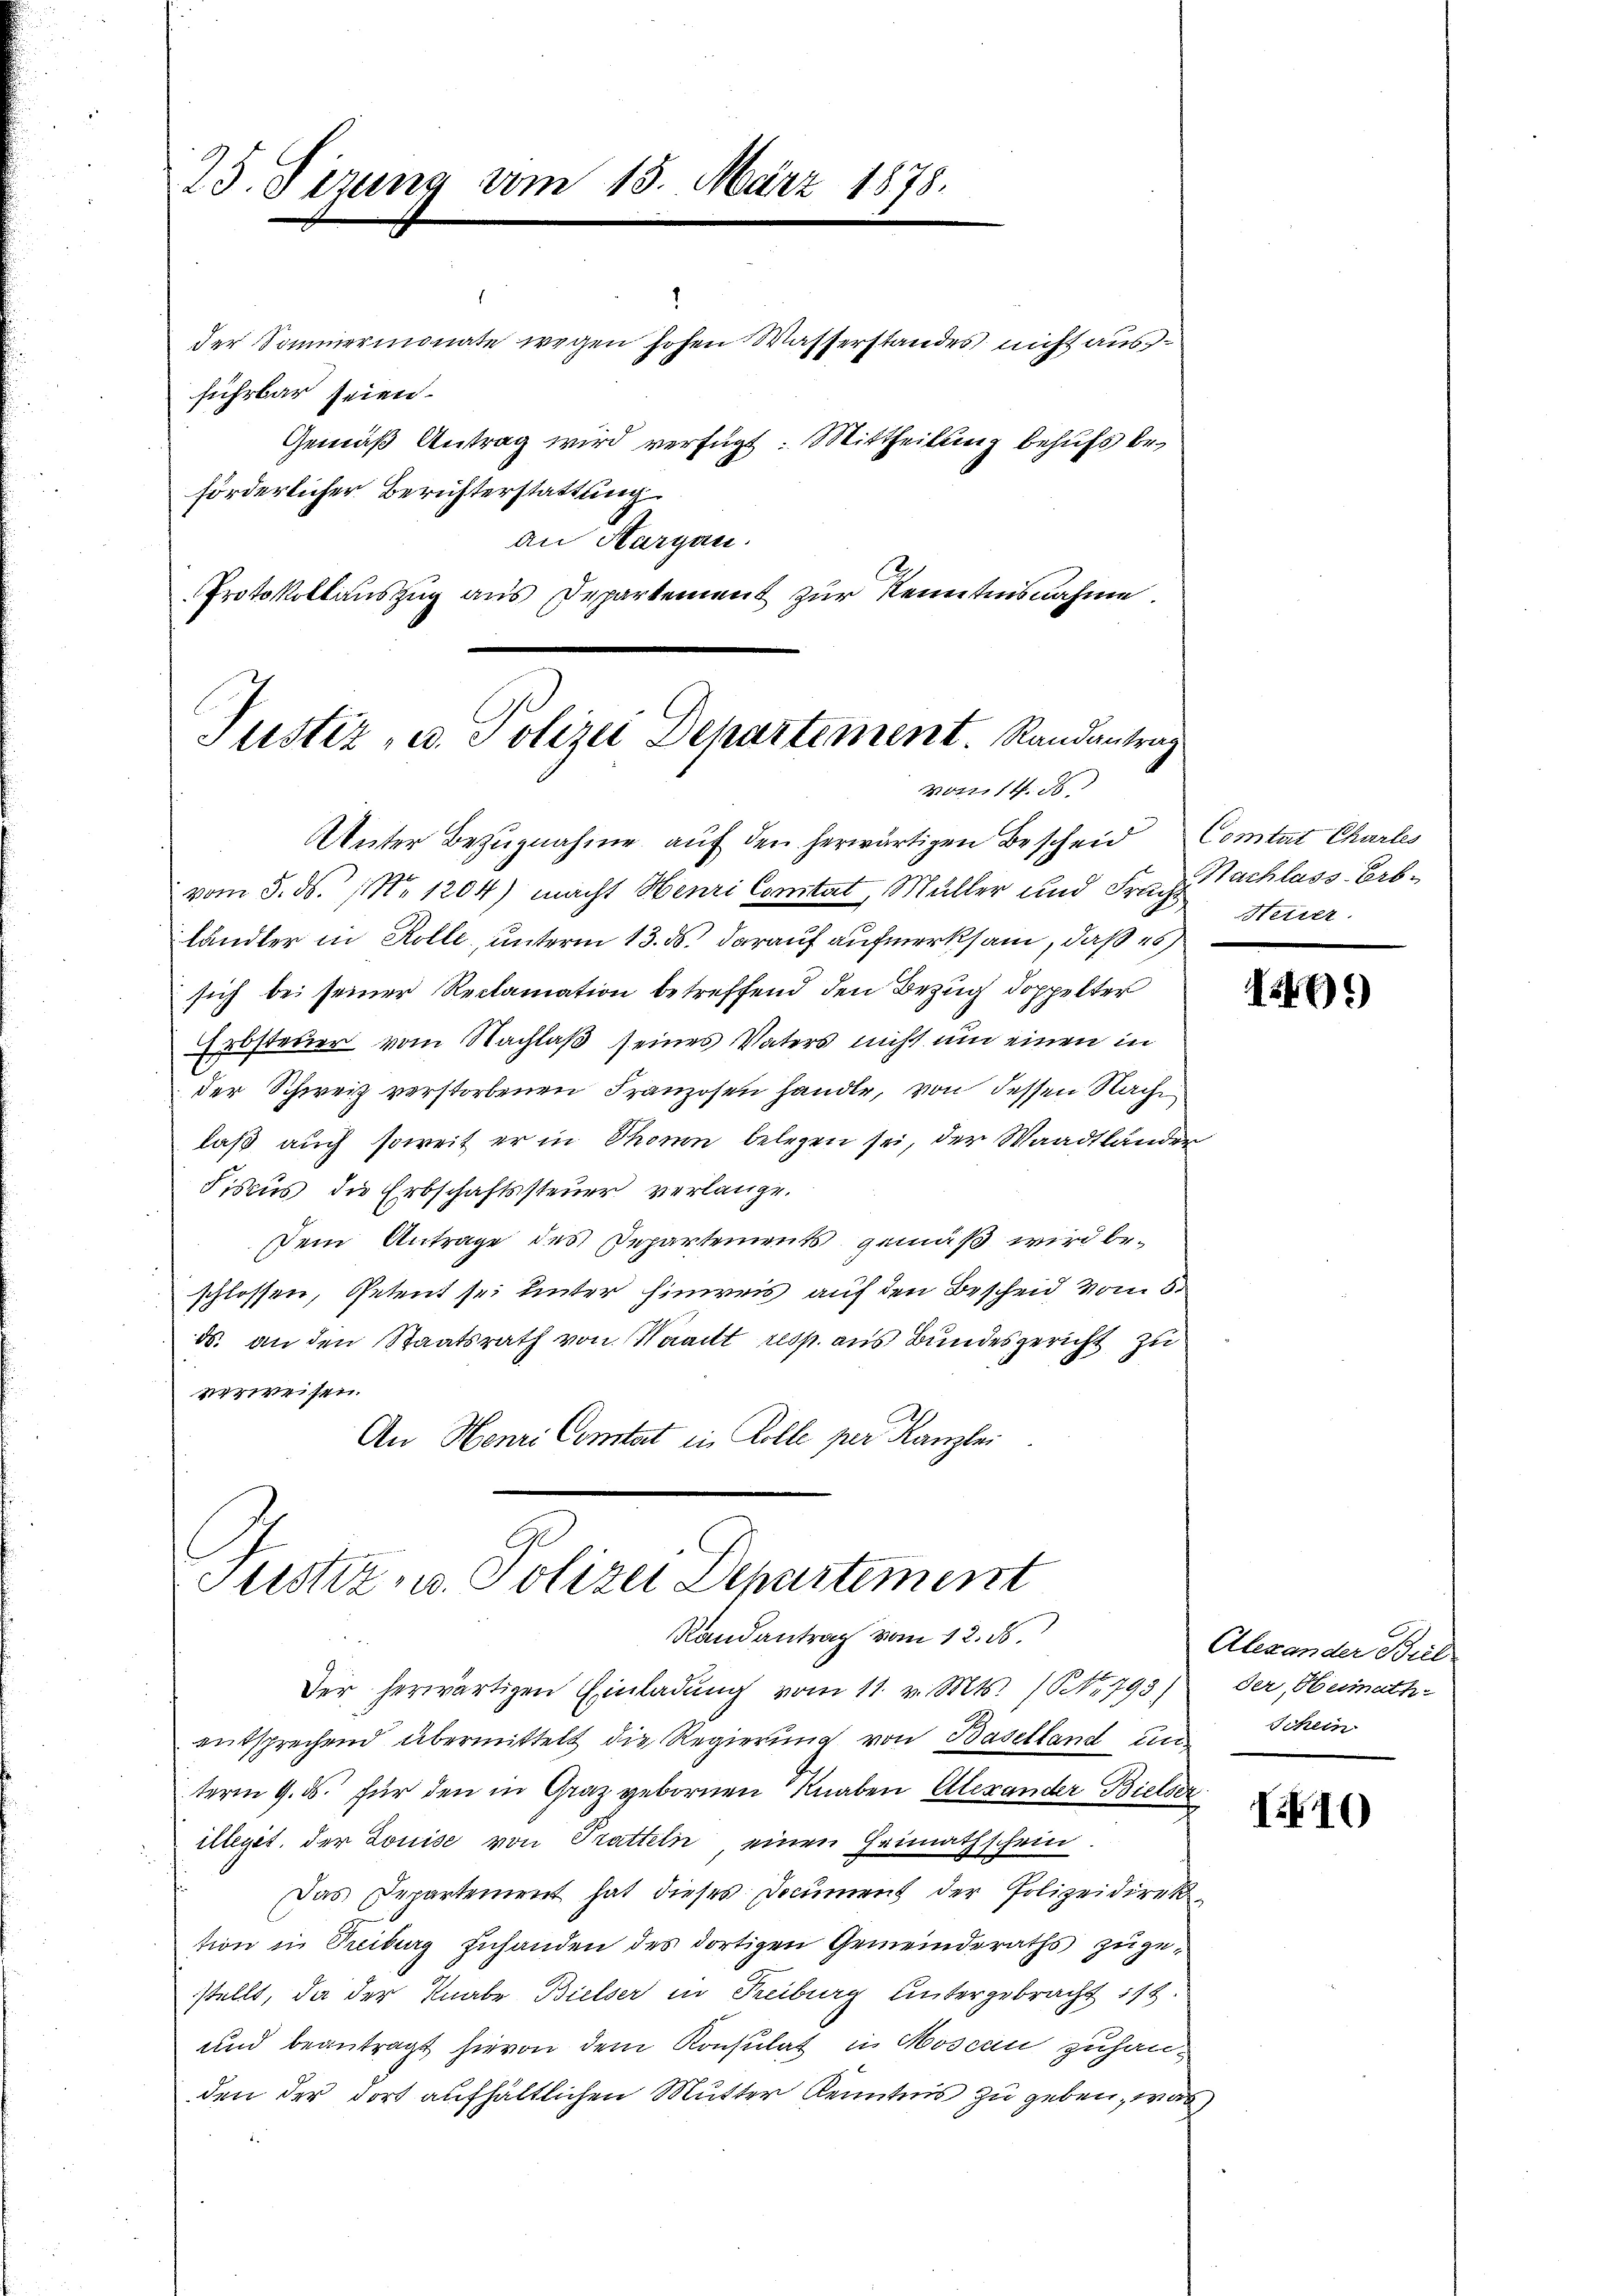
25. Segung vom 15. März 1878.

.
1
der Sommermonate wegen hohen Wasserstandes nicht ausführbar seien.
Gemäß Antrag wird verfügt: Mittheilung behufs beförderlicher Berichterstattung
an Margau.
Protokollauszug aus Departement zur Kenntnisnahme.

Justiz, u. Polizei Departement. Randantrag
votis. S.

vom 5. ds. 1. 1204) macht Henri Cantat, Müller und Frag
händler in Rolle, unterm 13. ds. darauf aufmerksam, daß es
sich bei seiner Reclamation betreffend den Bezug doppelter
Erbsteuer vom Nachlaß seines Vaters nicht um einen in
der Schweiz verstorbenen Franzosen handle, von dessen Nachlaß auch soweit er in Thonen belegen sei, der Waadtländer
Fiscus die Erbschaftssteuer verlange.
Dein Antrage des Departements gemäß wird beschlossen, Petent sei unter hinweis auf den Bescheid vom 8.
ds. an den Staatsrath von Waadt resp. aus Bundesgericht zu
verweisen.
An Henri Constat in Kolle per Kanzlei

Unter Bezugnahme auf den herwärtigen Bescheid Comtat Charles

Justiz- u. Polizei Departement
Randantrag vom 12. ds.

Der herwärtigen Einladung vom 11. v. Mts. (NNo. 793)
entsprechend übermittelt die Regierŭng von Baselland und Schein
term 9. ds. für den in Graz gebornen Knaben Alexander Bielser
illegit der Louise von Tratteln einen Heimathschein.
Das Departement hat dieses Document der Polizeidirek
tion in Treiburg zuhanden des dortigen Gemeinderaths zugestellt, da der Knabe Bielser in Freiburg untergebracht 112.
und beantragt hievon dem Konsulat in Moscan zuhanden der dort aufhältlichen Mutter Kenntnis zu geben, was

Nachlass Erb-
Hetzer.

41)

Alexander Biel
der, Oberath

I10